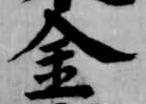
金